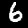
Digit: 6